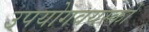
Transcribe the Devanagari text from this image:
उपयोगवयस्कों